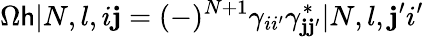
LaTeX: \Omega\mathsf{h}|N,l,i\mathbf{j}=(-)^{N+1}\gamma_{ii^{\prime}}\gamma_{\mathbf{j}\mathbf{j}^{\prime}}^{*}|N,l,\mathbf{j}^{\prime}i^{\prime}